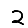
Digit: 2